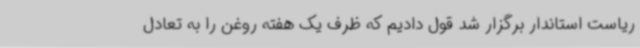
ریاست استاندار برگزار شد قول دادیم که ظرف یک هفته روغن را به تعادل